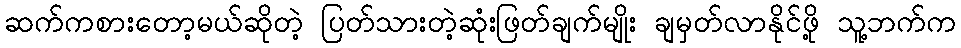
ဆက်ကစားတော့မယ်ဆိုတဲ့ ပြတ်သားတဲ့ဆုံးဖြတ်ချက်မျိုး ချမှတ်လာနိုင်ဖို့ သူ့ဘက်က